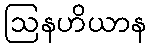
ဩနဟိယာန